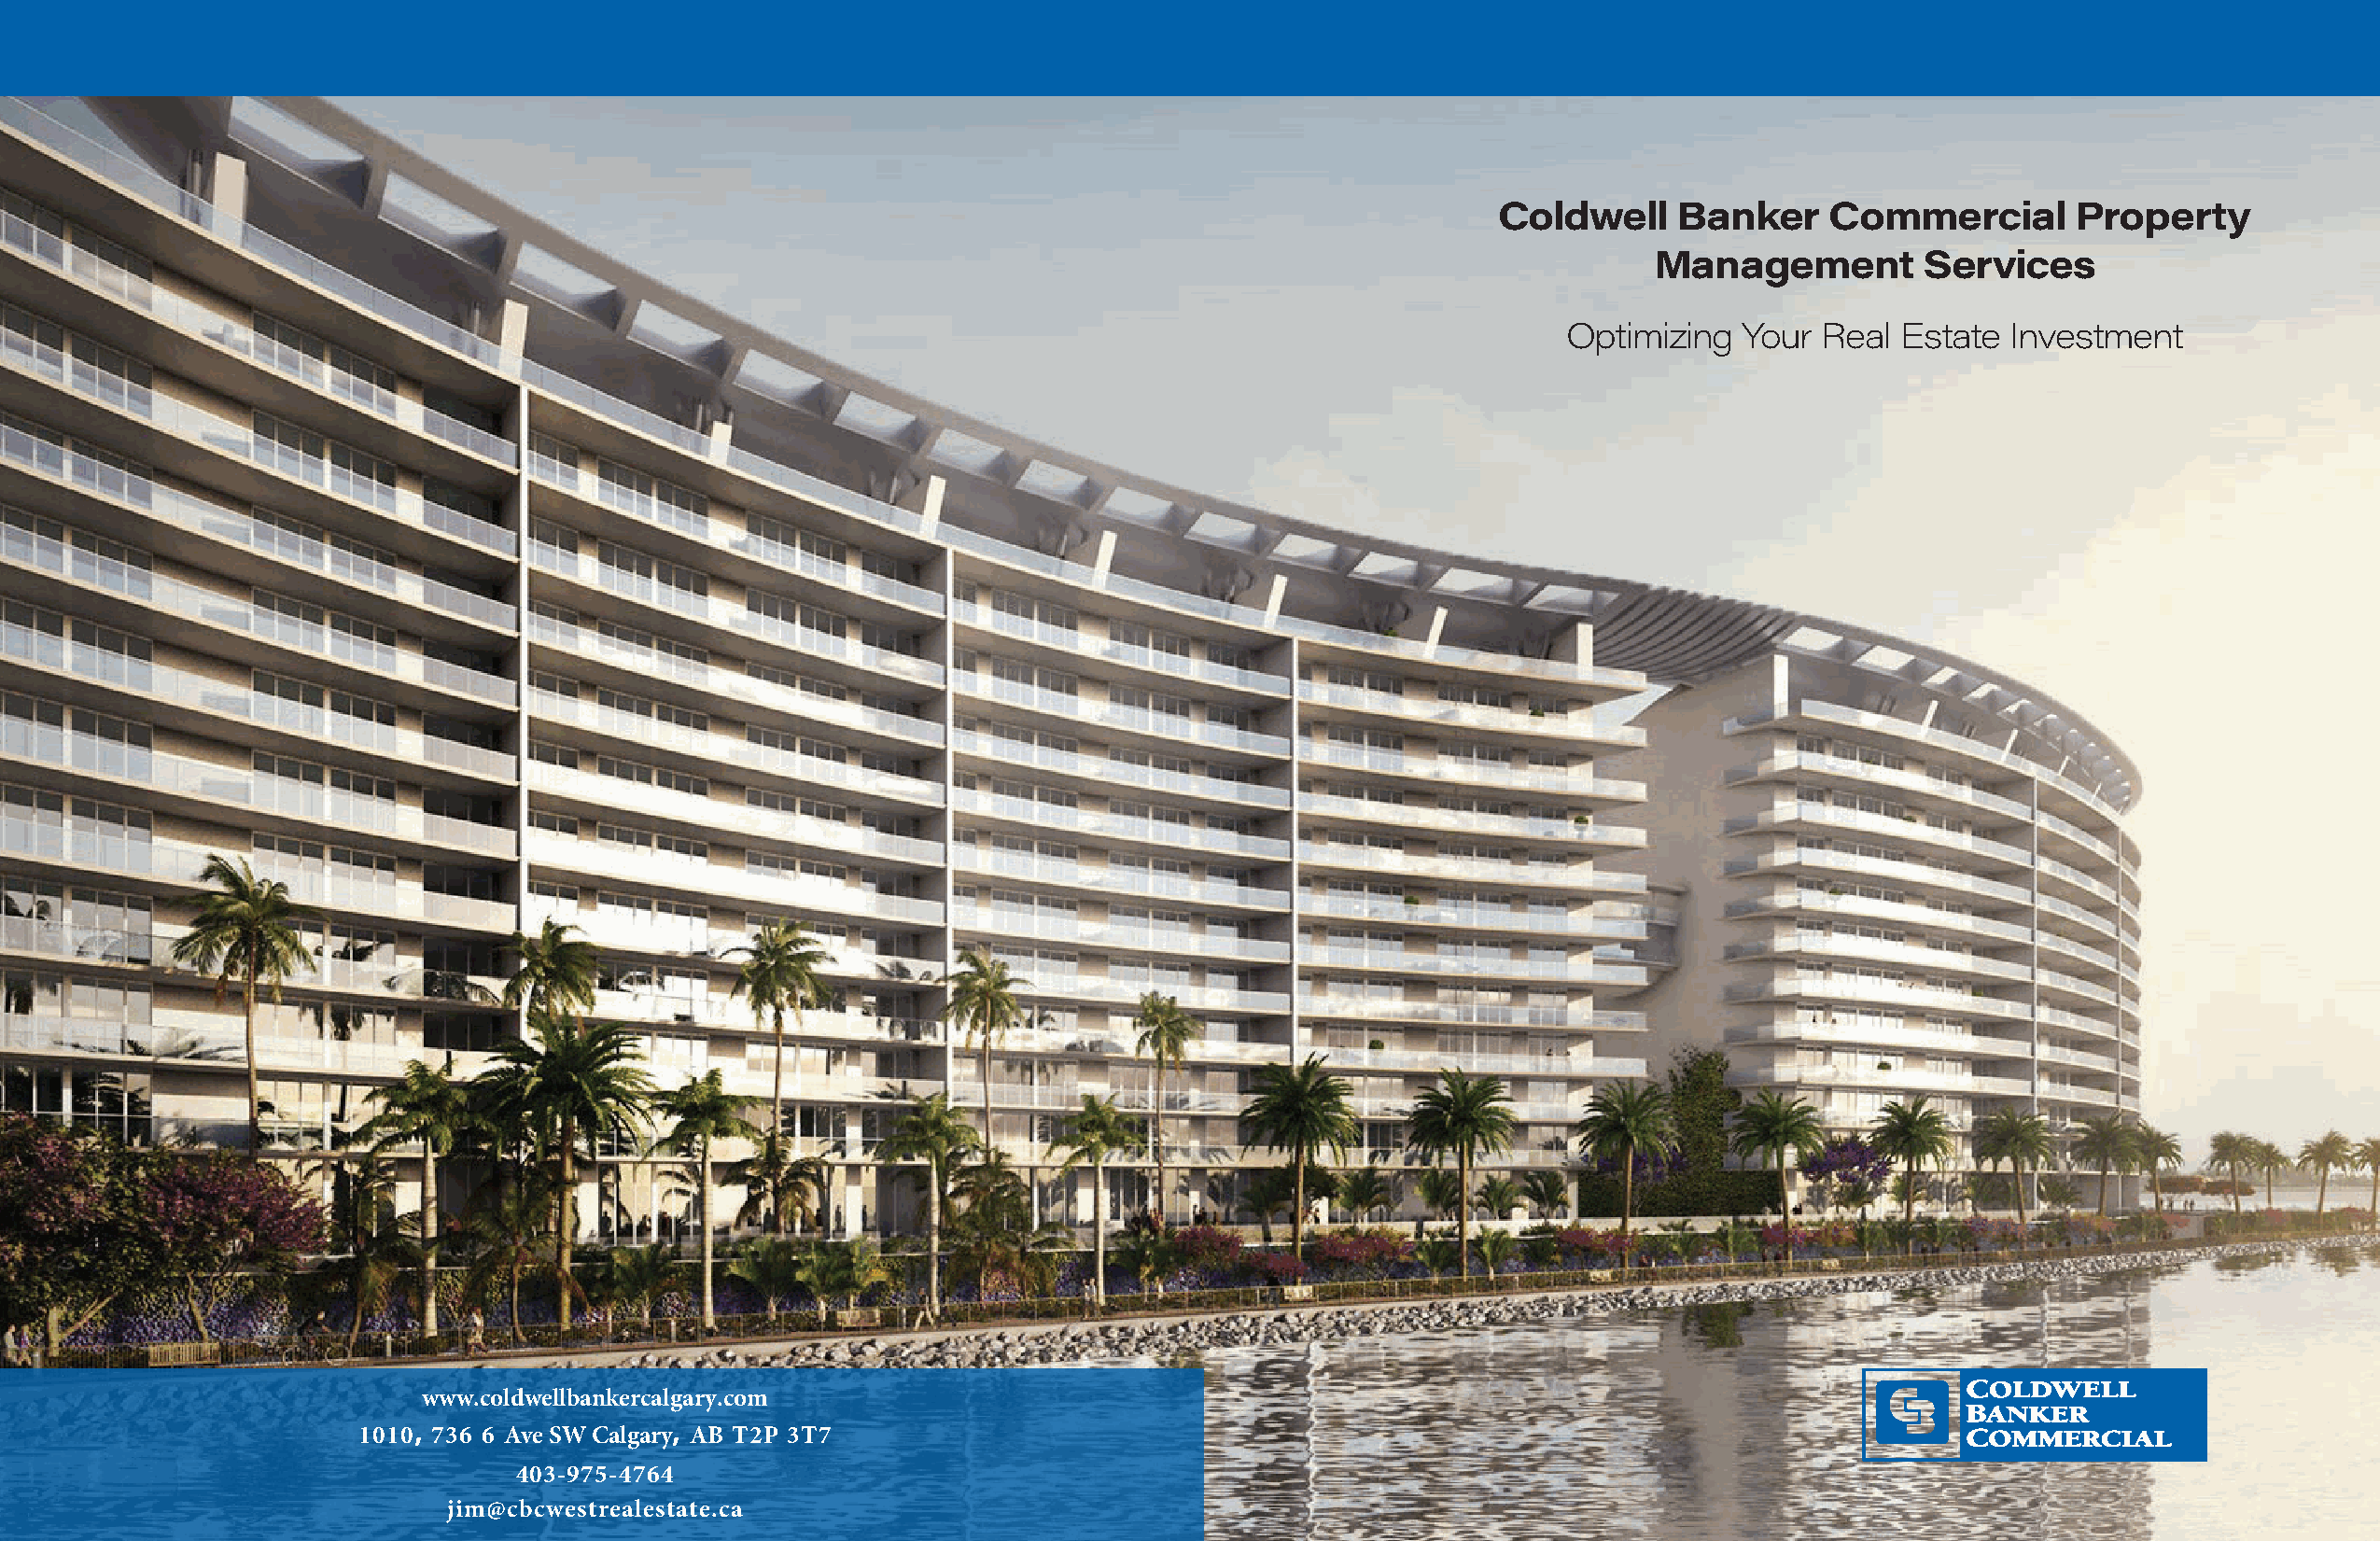
Coldwell     Banker     Commercial       Property
 Management         Services
 Optimizing   Your Real  Estate  Investment
 www.coldwellbankercalgary.com
 1010, 736 6 Ave SW Calgary, AB T2P 3T7
 403-975-4764
 jim@cbcwestrealestate.ca